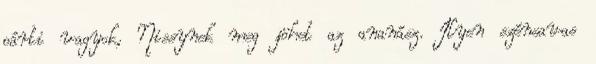
párti vagyok, Nissynek meg jöhet az ananász. Ilyen szénsavas